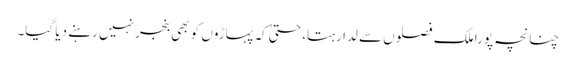
چنانچہ پورا ملک فصلوں سے لدا رہتا، حتیٰ کہ پہاڑوں کو بھی بنجر نہیں رہنے دیا گیا۔